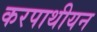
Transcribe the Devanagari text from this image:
करपाथीयन